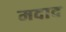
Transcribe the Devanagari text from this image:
मदाद